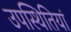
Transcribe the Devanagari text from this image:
उपस्थितियां